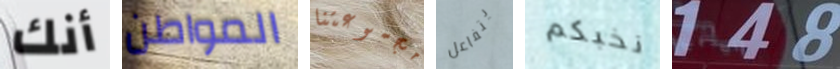
أنك المواطن مجموعتنا يتفاعل نخبكم 148